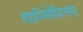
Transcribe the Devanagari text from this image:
हाइमिनोफिलम